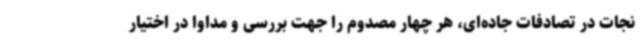
نجات در تصادفات جاده‌ای، هر چهار مصدوم را جهت بررسی و مداوا در اختیار